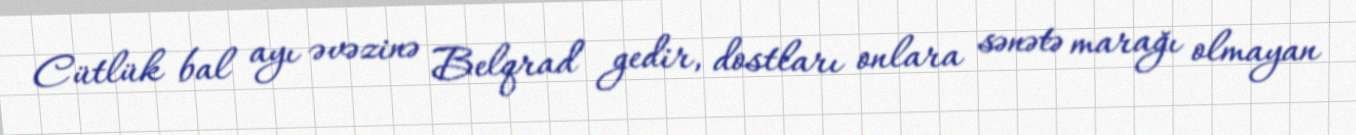
Cütlük bal ayı əvəzinə Belqrad gedir, dostları onlara sənətə marağı olmayan